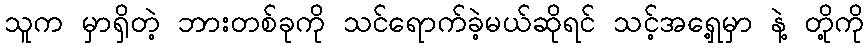
သူက မှာရှိတဲ့ ဘားတစ်ခုကို သင်ရောက်ခဲ့မယ်ဆိုရင် သင့်အရှေ့မှာ နဲ့ တို့ကို